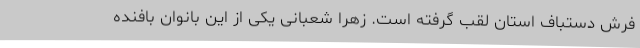
فرش دستباف استان لقب گرفته‌ است. زهرا شعبانی یکی از این بانوان بافنده